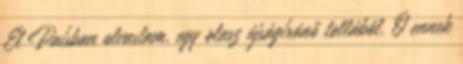
El Paísban olvastam, egy olasz újságírónő tollából. Ő ennek